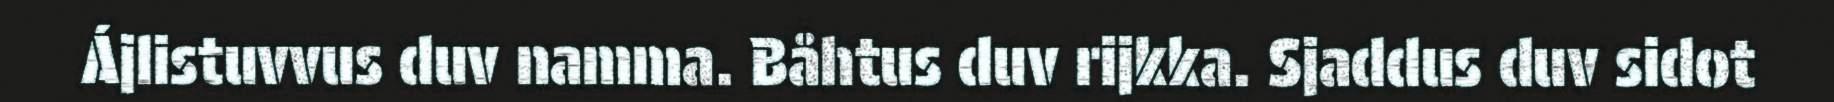
Ájlistuvvus duv namma. Båhtus duv rijkka. Sjaddus duv sidot